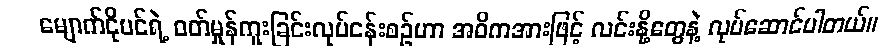
မျောက်ငိုပင်ရဲ့ ဝတ်မှုန်ကူးခြင်းလုပ်ငန်းစဉ်ဟာ အဓိကအားဖြင့် လင်းနို့တွေနဲ့ လုပ်ဆောင်ပါတယ်။